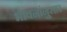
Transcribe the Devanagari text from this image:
भावनांनुसार